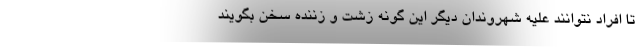
تا افراد نتوانند علیه شهروندان دیگر این گونه زشت و زننده سخن بگویند